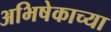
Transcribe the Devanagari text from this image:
अभिषेकाच्या